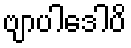
ဗျာပါဒေါပိ